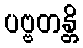
ပဗ္ဗတန္တိ